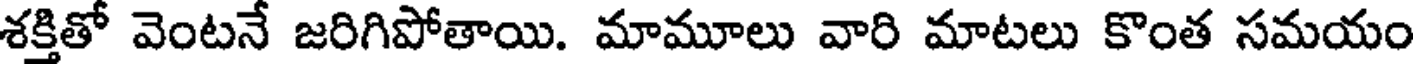
శక్తితో వెంటనే జరిగిపోతాయి. మామూలు వారి మాటలు కొంత సమయం